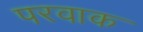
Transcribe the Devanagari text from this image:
परवाक